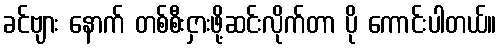
ခင်ဗျား နောက် တစ်စီးငှားဖို့ဆင်းလိုက်တာ ပို ကောင်းပါတယ်။